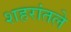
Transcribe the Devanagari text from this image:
शहरांतले